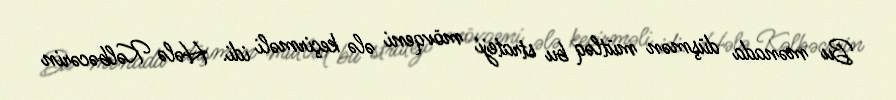
Bu mənada düşmən mütləq bu strateji mövqeni ələ keçirməli idi. Hələ Kəlbəcərin